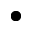
\bullet